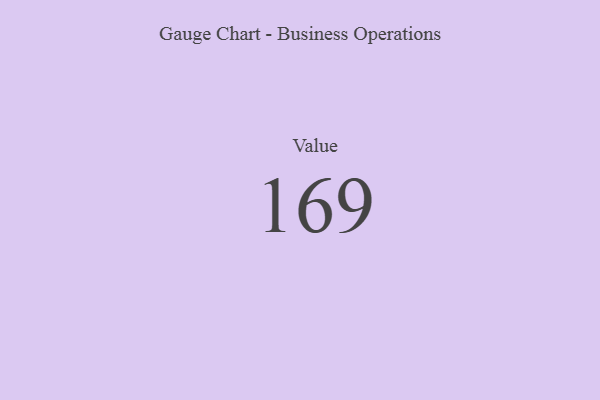
{"axis": {"x": "Metric", "y": "Value"}, "legend": [""], "data": [{"x": "Value", "y": 169, "type": ""}]}